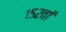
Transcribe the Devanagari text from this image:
१५२वां